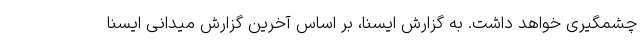
چشمگیری خواهد داشت. به گزارش ایسنا، بر اساس آخرین گزارش میدانی ایسنا